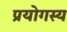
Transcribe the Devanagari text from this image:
प्रयोगस्य